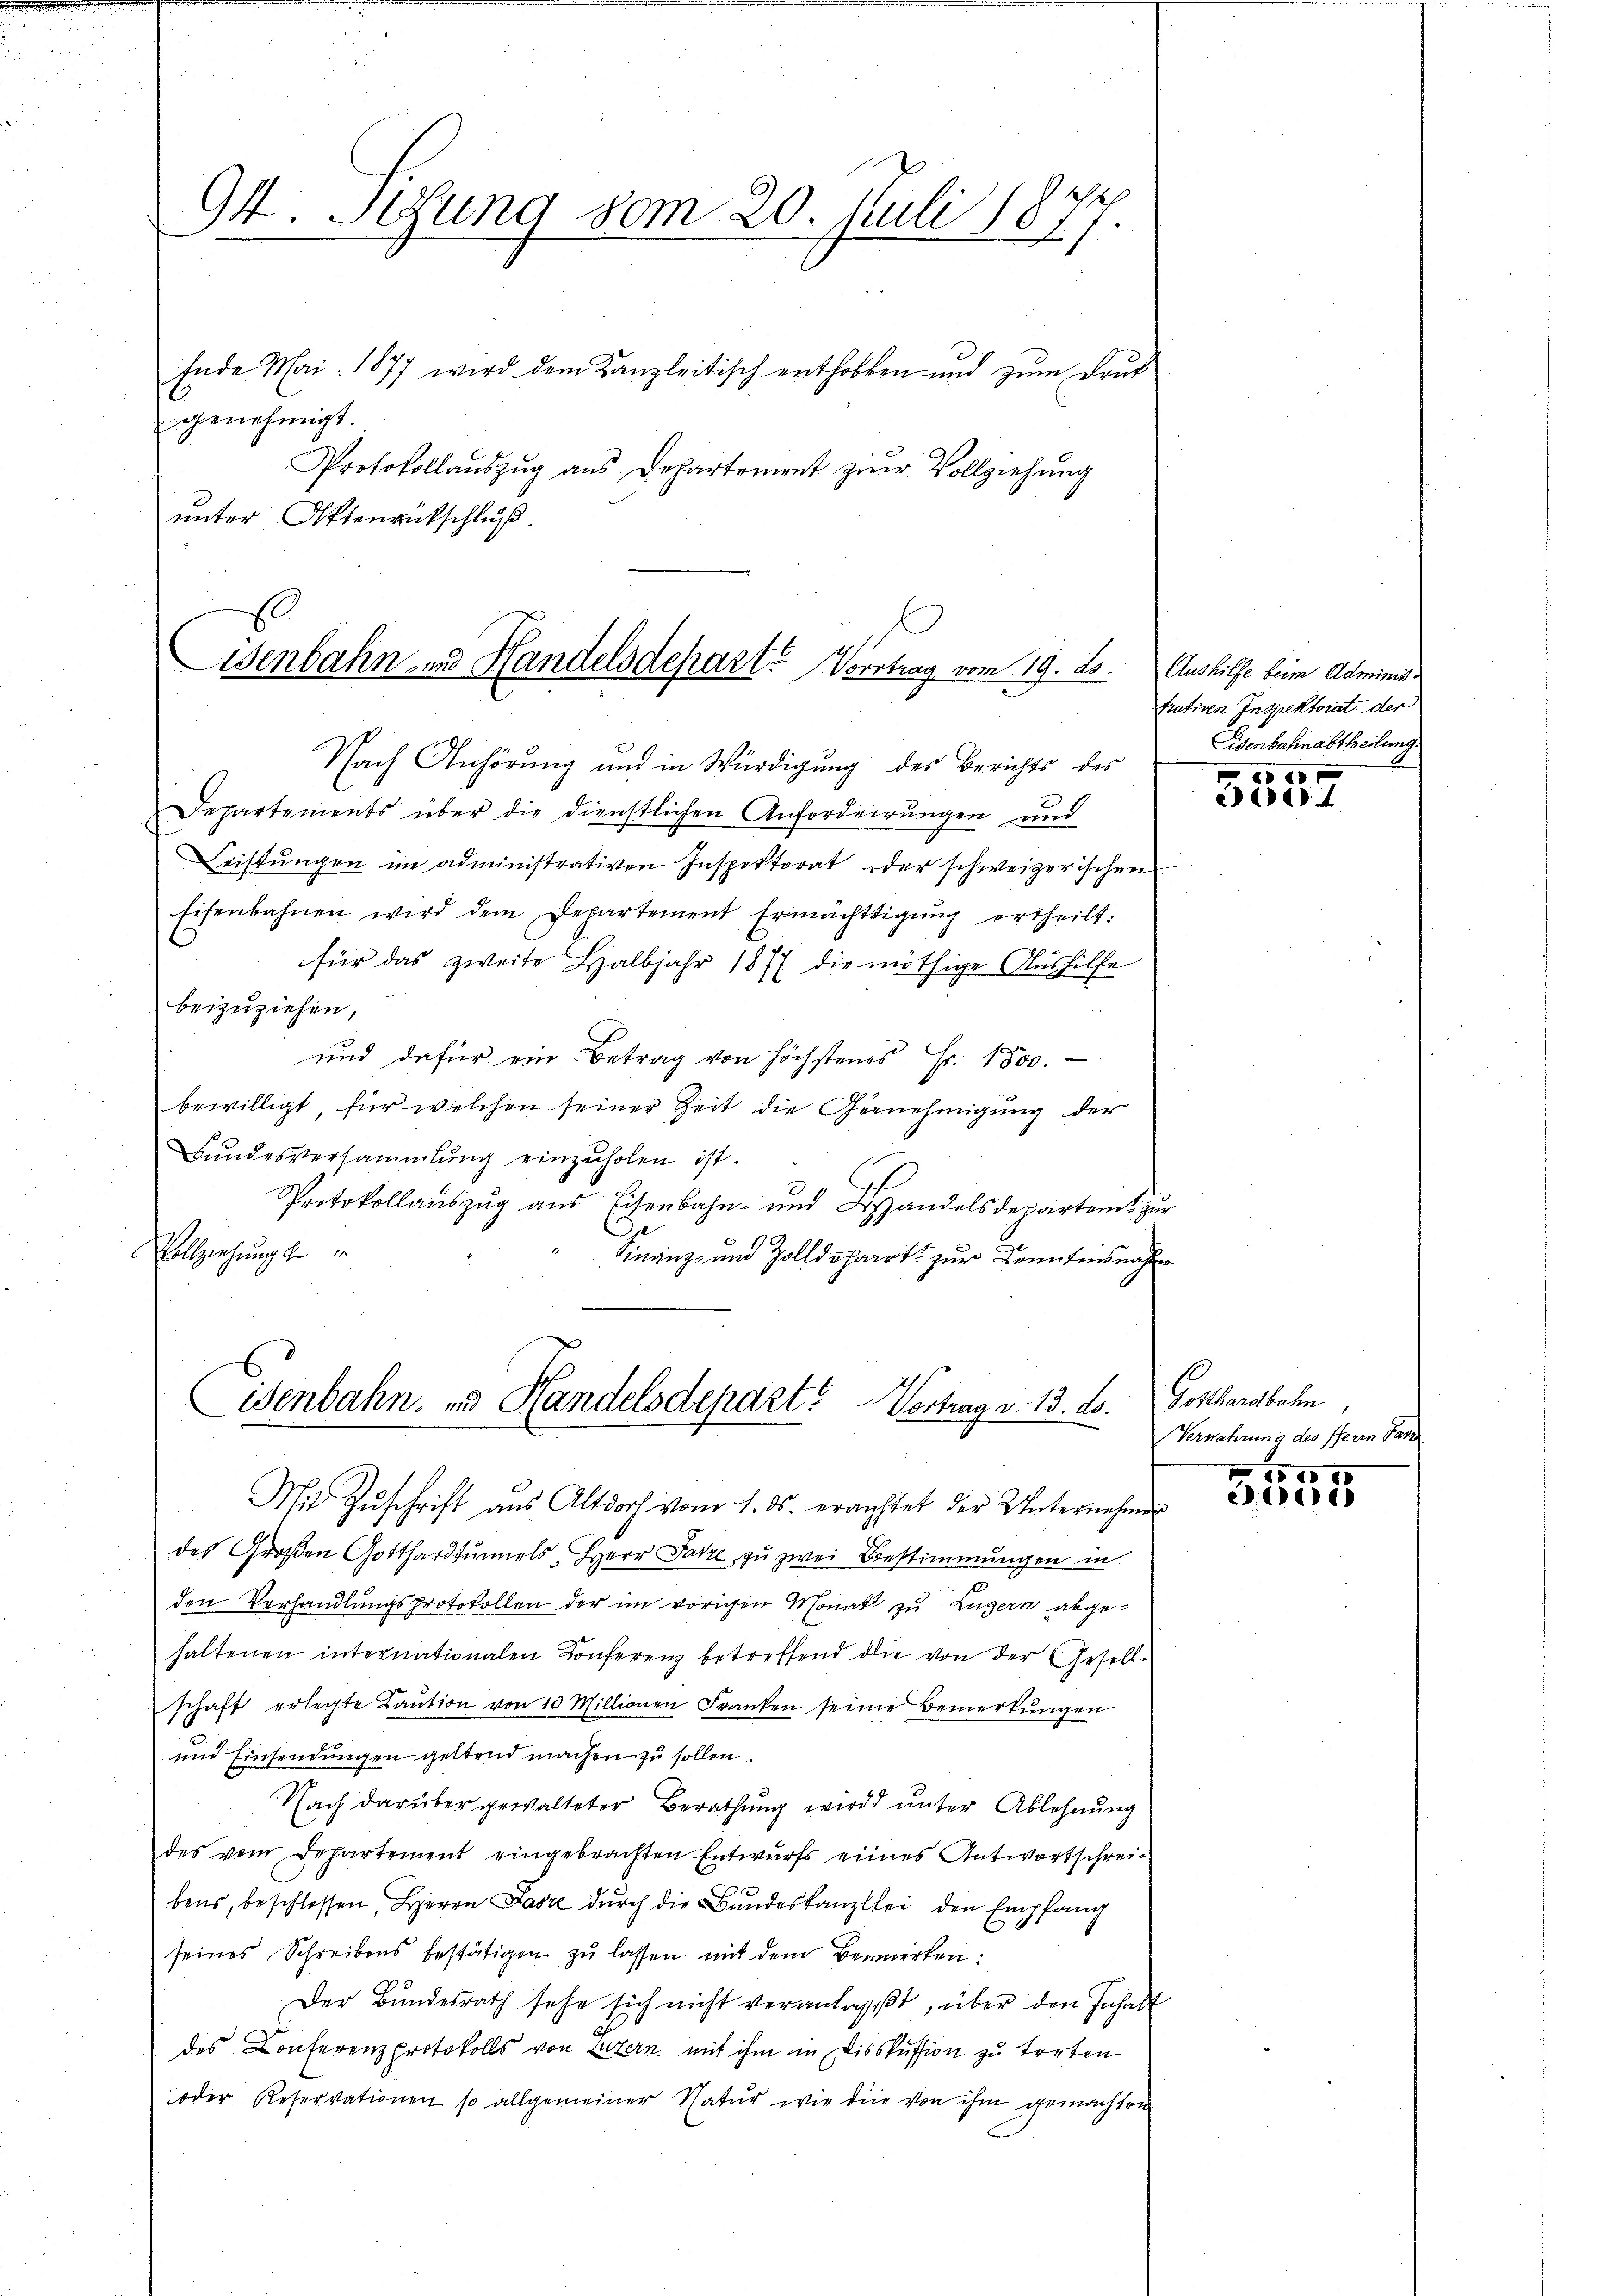
94. Sitzung vom 20. Juli 187.
Ende Mai 1877 wird dem Kanzleitisch enthoben und zum Druk
genehmigt.

Protokollaŭszŭg aŭs Departement zum Vollziehŭng
unter Ottenrückschluß.

C
Wenbahn- und Handelsdepart. Vortrag vom 19. ds.
Nach Anhörung und in Würdigung des Berichts des

Departements über die dienstlichen Anforderungen und
Leistŭngen im administrativen Inspektorat oder schweizerischen
Eisenbahnen wird dem Departement Ermächtigŭng ertheilt:
für das zweite Halbjahr 1877 die nöthige Aushilfe
beizuziehen,
und dafür ein Betrag von höchstens Fr. 1800.
bewilligt, für welchen seiner Zeit die Gernehmigung der
Bundesversammlung einzuholen ist.
Protokollauszug aus Eisenbahn- und Handelsdepartamt zur
Vollziehung zu
Finanz- und Zolldeharrte zur Kenntnisnahme
des Großen Gotthardtunnels, Herr Patze, zu zwei Bestimmungen in
den Verhandlungsprotokollen der im vorigen Monath zu Luzern abgehaltenen internationalen Konferenz betreffend die von der Gesellschaft erlegte Kaution von 10 Millionen Franken seine Bemerkungen
und Einsendungen geltend machen zu sollen.
Nach darüber gewalteter Berathung wird unter Ablehnung
des vom Departement eingebrachten Entwŭrfs eines Antwortschrei-
bens, beschlossen, Herrn Fasze dŭrch die Bŭndeskanzlei den Empfang
seines Schreibens bestätigen zŭ lassen mit dem Bemerken:
Der Bundesrath sehe sich nicht veranlaßt, über den Inhalt
des Conferenzprotokolls von Luzern mit ihm in Diskussion zu treten
oder Reservationen so allgemeiner Natur wie die von ihm gemachten

Eisenbahn, und Handelsdepart? Vortrag v. 13. ds. Gotthardbahn
Mit Zuschrift aus Altdorf vom 1. ds. erachtet der Unternehmer

Aushilfe beim Administrativen Inspektorat der
Eisenbahnabtheilung.

a
ca 4

Verwahrung des Herrn Gar
8500

2.11.1